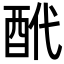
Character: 𨠍